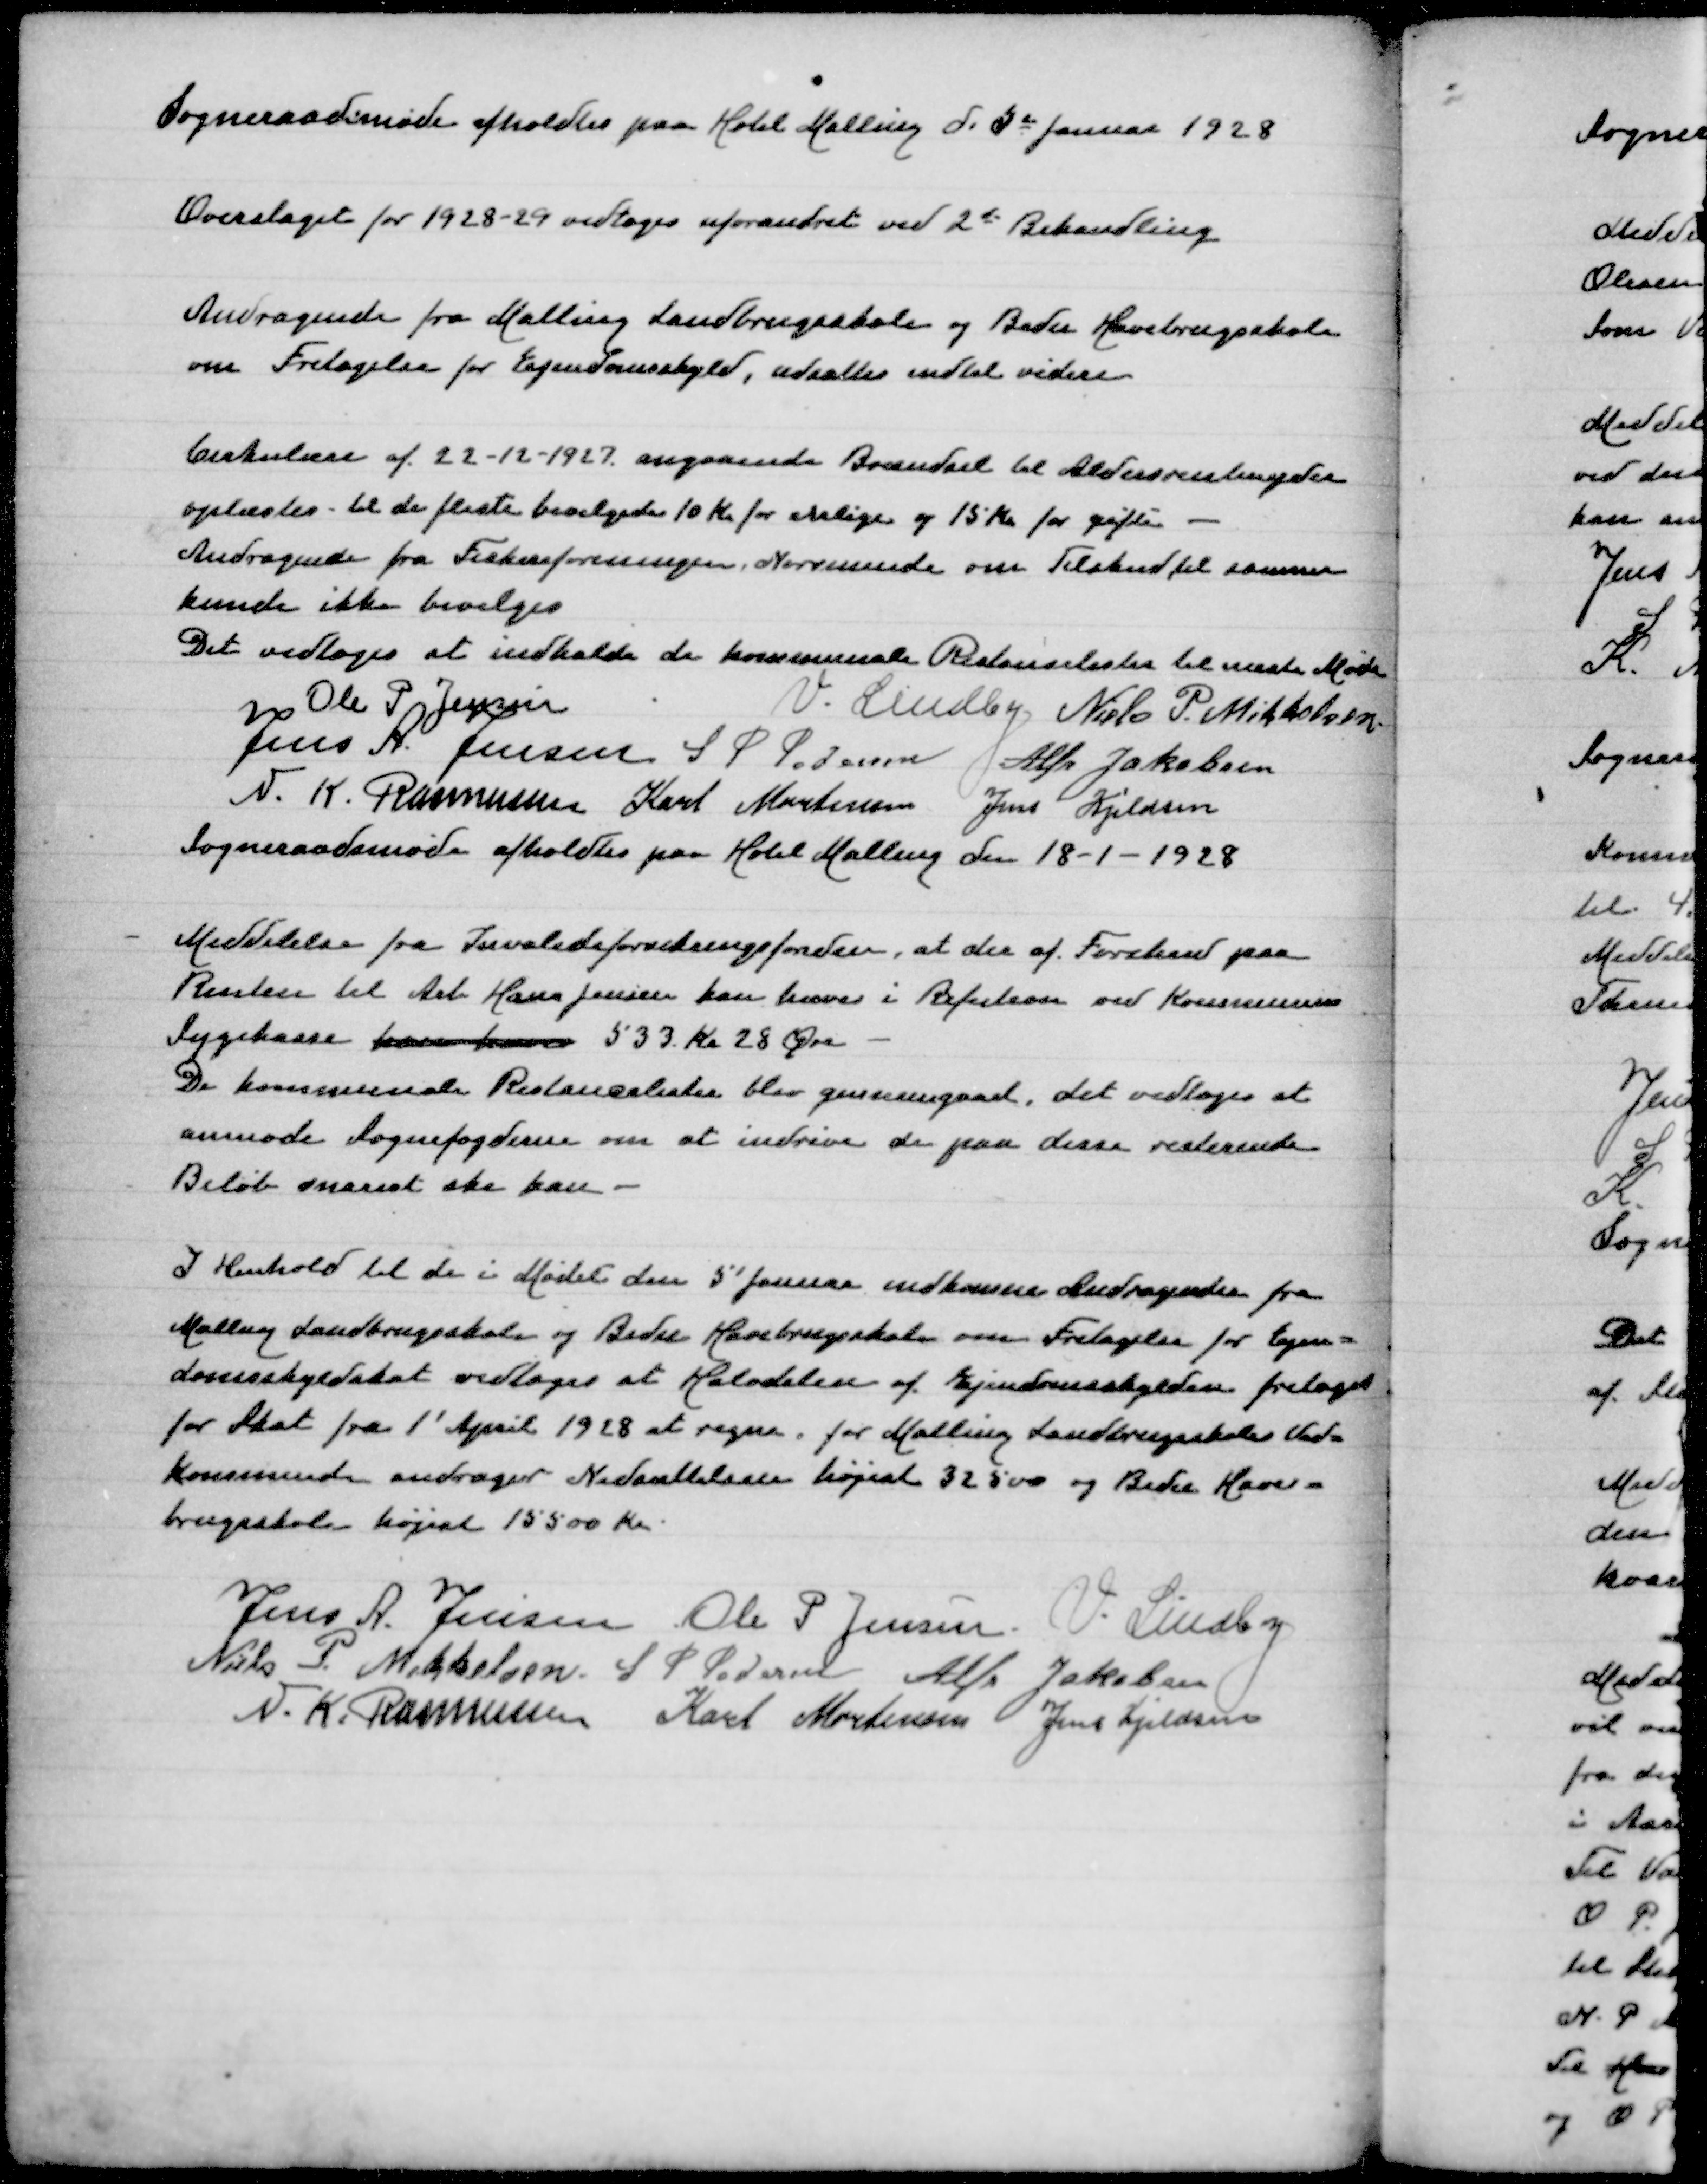
Transskription:
Sognerraadsmøde afholdes paa Hotel Malling d 5 Januar 1928

Overslaget for 1928-29 vedtoges uforandret ved 2' Behandling

Andragende fra Malling Landbrugsskole og Beder Havebrugsskole
om Fritagelse for Ejendomsskyld, udsattes indtil videre

Cirkulære af 22-12-1927 angaaende Brændsel til Aldersrentenydere
oplæstes - til de fleste bevilgedes 10 Kr for enlige og 15 Kr for gifte
Andragende fra Fiskeriforeningen  Norsminde om Tilskud til samme
kunde ikke bevilges
Det vedtoges at indkalde de kommunale Restancelister til næste Møde
Ole P Jensen
V Lindby
Niels P Mikkelsen
Jens A Jensen
S P Pedersen
Alfr Jakobsen
N K Rasmussen
Karl Mortensen
Jens Kjeldsen
Sogneraadsmøde afholdes paa Hotel Malling den 18-1-1928

Meddelelse fra Invalideforsikringsfonden, at der af Forskud paa
Renten til Arb Hans Jensen kan hæves i Refusion ved Kommunens
Sygekasse kan hæves 533 Kr 28 Øre
De kommunale Restancelister blev gennemgaaet, det vedtoges at
anmode Sognefogederne om at inddrive de paa  disse resterende
Beløb snarest ske kan

I Henhold til de i Mødet den 5' Januar indkomne Andragender fra
Malling Landbrugsskole og Beder Havebrugsskole om Fritagelse for ejen=
domsskyldskat vedtoges at Halvdelen af Ejendomsskylden fritages
for Skat fra 1' April 1828 at regne, for Malling Landbrugsskoles Ved=
kommende andrager Nedsættelsen højest 32500 og Beder Have=
brugsskole højest 15500 Kr

Jens A Jensen
Ole P Jensen
V Lindby
Niels P Mikkelsen
S P Pedersen
Alfr Jakobsen
N K Rasmussen
Karl Mortensen
Jens Kjeldsen